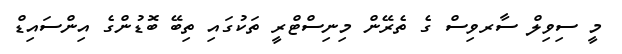
މީ ސިވިލް ސާރވިސް ގެ ތެރޭން މިނިސްޓްރީ ތަކުގައި ތިބޭ ބޮޑުންގެ އިންސައިޑް